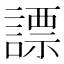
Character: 謤